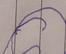
Signature authenticity: forged